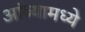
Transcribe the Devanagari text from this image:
आंब्यामध्ये